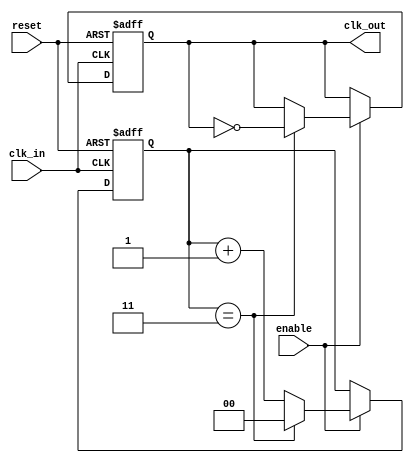
module clk_divider #(
    parameter DIV_FACTOR = 4   // Division factor parameter
)(
    input wire clk_in,          // Input clock signal
    input wire reset,           // Asynchronous reset signal
    input wire enable,          // Enable signal for clock division
    output reg clk_out          // Output divided clock signal
);

    // Internal counter
    reg [$clog2(DIV_FACTOR)-1:0] counter; // Counter with necessary bits

    always @(posedge clk_in or posedge reset) begin
        if (reset) begin
            // Reset condition
            counter <= 0;
            clk_out <= 0;
        end else if (enable) begin
            // Increment the counter
            if (counter == (DIV_FACTOR - 1)) begin
                // Toggle the output clock 
                clk_out <= ~clk_out;
                // Reset the counter
                counter <= 0;
            end else begin
                // Increment the counter
                counter <= counter + 1;
            end
        end
    end

endmodule